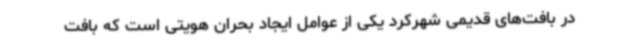
در بافت‌های قدیمی شهرکرد یکی از عوامل ایجاد بحران هویتی است که بافت